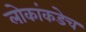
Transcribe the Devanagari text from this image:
लोकांकडेच